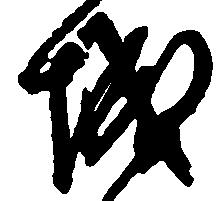
城